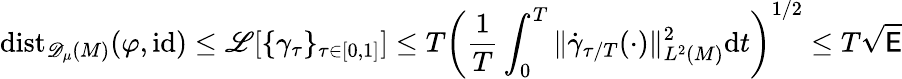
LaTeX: \mathrm{dist}_{{\mathscr{D}_{\mu}(M)}}(\varphi,\mathrm{id})\leq\mathscr{L}[\{ \gamma_{\tau}\} _{\tau\in[0,1]}]\leq T\left(\frac{1}{T}\int_{0}^{T}\| \dot{\gamma}_{\tau/T}(\cdot)\| _{L^{2}(M)}^{2}\mathrm{d}t\right)^{1/2}\leq T\sqrt{\mathsf{E}}